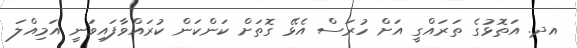
އދ. އަތޮޅުގެ ތަރައްގީ އަށް ހުރަސް އެޅޭ ގޮތަށް ކަންކަން ކުރައްވާފައިވަނީ އަމިއްލަ